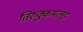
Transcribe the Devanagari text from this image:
तिरुक्कुभलइ